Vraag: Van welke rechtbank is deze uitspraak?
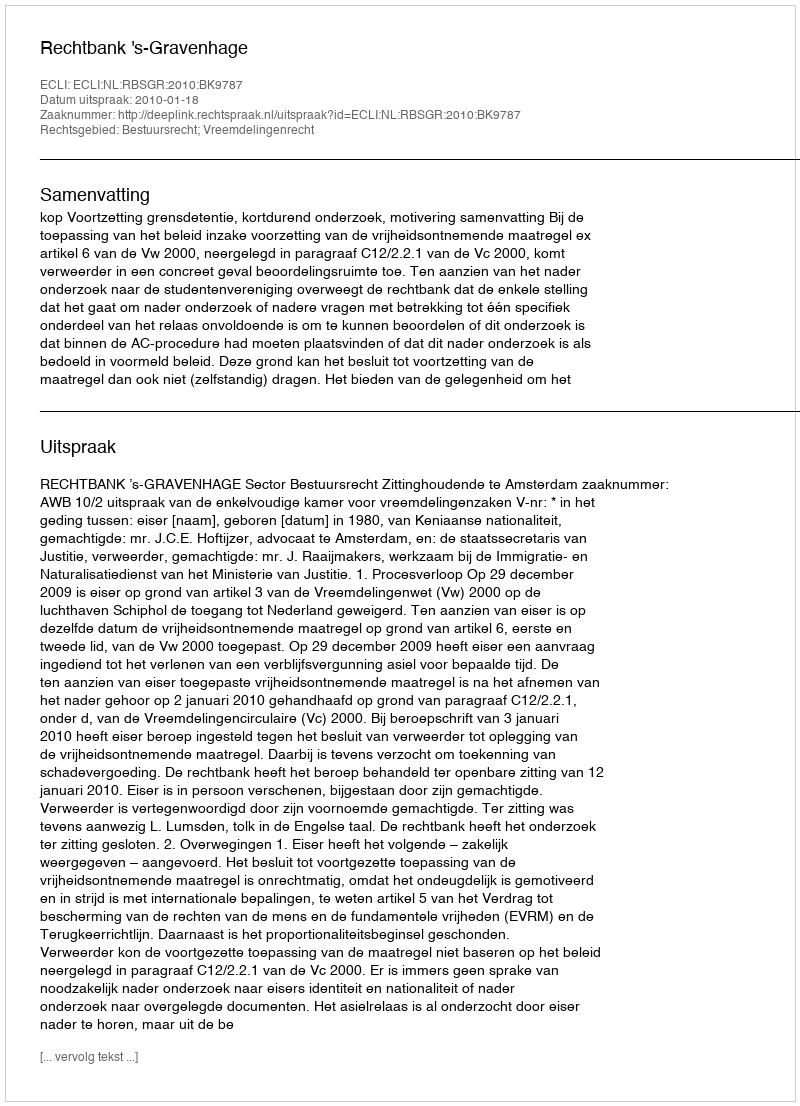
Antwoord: Rechtbank 's-Gravenhage